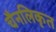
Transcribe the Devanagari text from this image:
चैनलिकृत